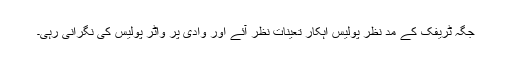
جگہ ٹریفک کے مد نظر پولیس اہکار تعینات نظر آئے اور وادی پر واٹر پولیس کی نگرانی رہی۔